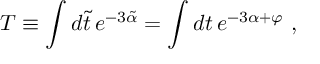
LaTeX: T \equiv \int d \tilde { t } \, e ^ { - 3 \tilde { \alpha } } = \int d t \, e ^ { - 3 \alpha + \varphi } \ ,